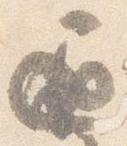
通